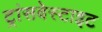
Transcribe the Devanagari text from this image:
ट्रांसवेस्टाइट